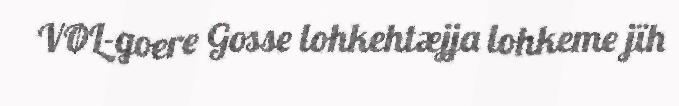
VØL-goere Gosse lohkehtæjja lohkeme jïh